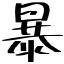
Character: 暴